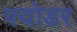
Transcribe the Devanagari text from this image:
फ्योडर